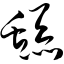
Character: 舔